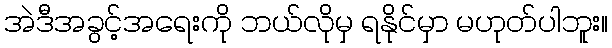
အဲဒီအခွင့်အရေးကို ဘယ်လိုမှ ရနိုင်မှာ မဟုတ်ပါဘူး။